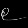
Digit: ၉